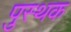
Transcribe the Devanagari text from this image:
पुस्थक